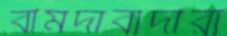
বামদাবাদীরা